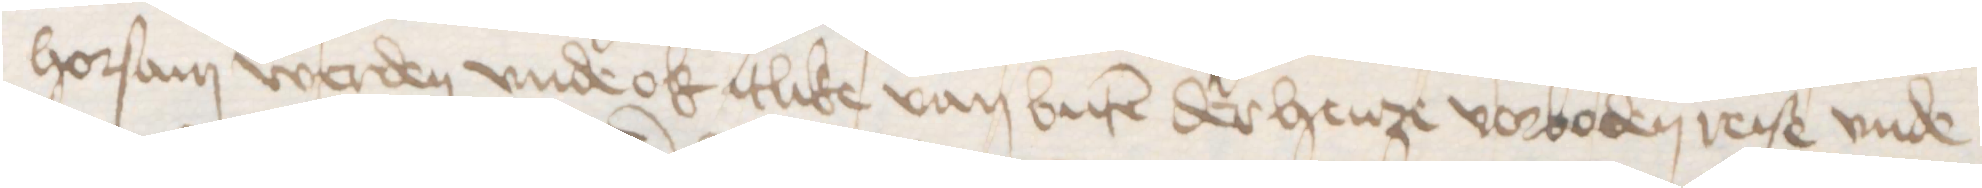
horsam werden vnde ok itlike van buten der henze vorboden reise vnde